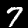
Label: 7